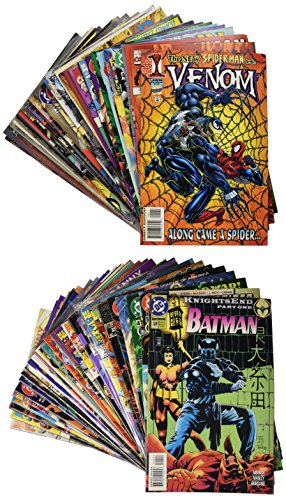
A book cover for Book Lot 50 Comics Good Condition! (various districbutors); Not Sure; Comics & Graphic Novels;